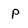
Character: p